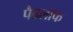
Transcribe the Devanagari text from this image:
पैवलाफ